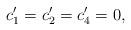
LaTeX: \begin{align*}c_{1}^{\prime }=c_{2}^{\prime }=c_{4}^{\prime }=0, \end{align*}